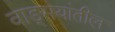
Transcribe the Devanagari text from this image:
वाङ्‍मयांतील